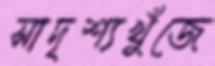
সাদৃশ্যখুঁজে